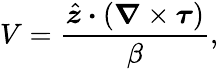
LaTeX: V=\frac{\hat{\boldsymbol{z}}\boldsymbol{\cdot}(\boldsymbol{\nabla}\times\boldsymbol{\tau})}{\beta},